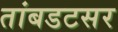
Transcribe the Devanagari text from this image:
तांबडटसर